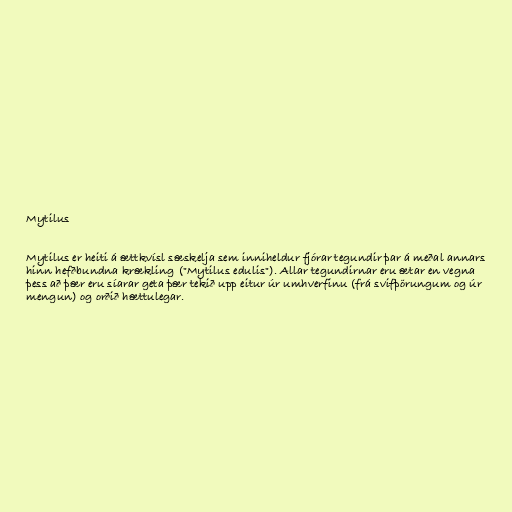
Mytilus

Mytilus er heiti á ættkvísl sæskelja sem inniheldur fjórar tegundir þar á meðal annars
hinn hefðbundna krækling ("Mytilus edulis"). Allar tegundirnar eru ætar en vegna
þess að þær eru síarar geta þær tekið upp eitur úr umhverfinu (frá svifþörungum og úr
mengun) og orðið hættulegar.